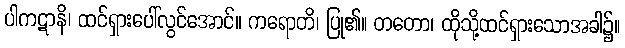
ပါကဋာနိ၊ ထင်ရှားပေါ်လွင်အောင်။ ကရောတိ၊ ပြု၏။ တတော၊ ထိုသို့ထင်ရှားသောအခါ၌။